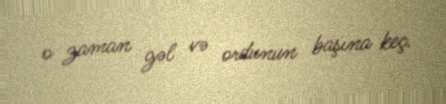
o zaman gəl və ordunun başına keç.